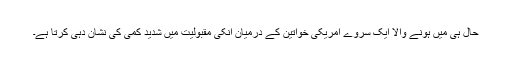
حال ہی میں ہونے والا ایک سروے امریکی خواتین کے درمیان انکی مقبولیت میں شدید کمی کی نشان دہی کرتا ہے۔